Civil Veterinary Dept. Bombay admin report 1923-31 - 1923-1931
Year: 1923
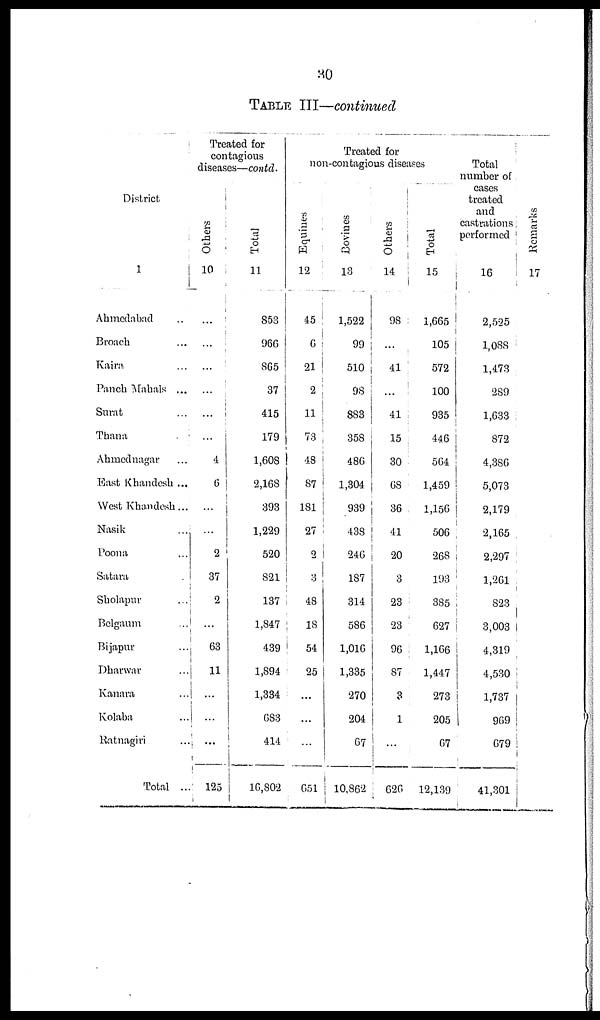
30
TABLE III—continued
District
1
Ahmedabad ...
Broach ...
Kaira ...
Panch Mahals ...
Surat ...
Thana
.
Ahmednagar ...
East Khandesh ...
West Khandesh...
Nasik ...
Poona ...
Satara ...
Sholapur ...
Belgaum ...
Bijapur ...
Dharwar ...
Kanara ...
Kolaba ...
Ratnagiri ...
Total ..
Treated for
contagious
diseases—contd.
Others
10
...
...
...
...
...
...
4
6
...
...
2
37
2
...
63
11
...
...
...
125
Total
11
853
966
865
37
415
179
1,608
2,168
393
1,229
520
821
137
1,847
439
1,894
1,334
683
414
16,802
Treated for
non-contagious diseases
Equines
12
45
6
21
2
11
73
48
87
181
27
2
3
48
18
54
25
...
...
...
651
Bovines
13
1,522
99
510
98
883
358
486
1,304
939
438
246
187
314
586
1,016
1,335
270
204
67
10,862
Others
14
98
...
41
...
41
15
30
68
36
41
20
3
23
23
96
87
3
1
...
626
Total
15
1,665
105
572
100
935
446
564
1,459
1,156
506
268
193
385
627
1,166
1,447
273
205
67
12,139
Total
number of
cases
treated
and
castrations
performed
16
2,525
1,088
1,473
289
1,633
872
4,386
5,073
2,179
2,165
2,297
1,261
823
3,003
4,319
4,530
1,737
969
679
41,301
Re ma r
ks
17